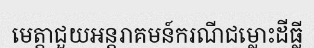
មេត្តាជួយអន្តរាគមន៍ករណីជម្លោះដីធ្លី